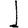
Digit: 1